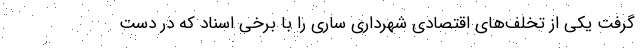
گرفت یکی از تخلف‌های اقتصادی شهرداری ساری را با برخی اسناد که در دست